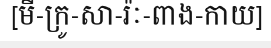
[មី-ក្រូ-សា-រ៉ៈ-ពាង-កាយ]